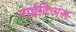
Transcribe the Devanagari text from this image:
राईटिअस